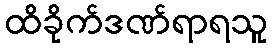
ထိခိုက်ဒဏ်ရာရသူ